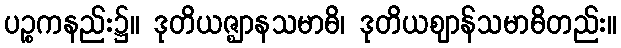
ပဉ္စကနည်း၌။ ဒုတိယဇ္ဈာနသမာဓိ၊ ဒုတိယဈာန်သမာဓိတည်း။